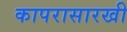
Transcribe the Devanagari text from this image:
कापरासारखी